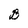
Character: B